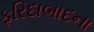
ફરિદાબાદના